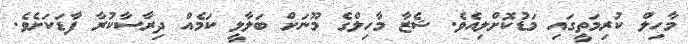
މާހިލް ކުރިމަތީގައި މަޑުކޮށްލިއެވެ. ޝެޒާ މާހިލްގެ މޫނަށް ބަލާލީ ކަމެއް ދިރާސާކުރާ ފާޑަކަށެވެ.